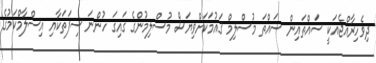
ދިވެހިރާއްޖެއަކީ ސައްތައިން ސައްތަ މުސްލިމް ޤައުމަކަށްވިޔަސް މުސްލިމުންގެ ގައިގަ ހުންނަ ސިފަތަކާއި އިސްލާމްކަމުގެ